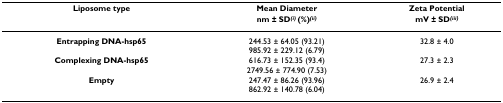
<table><thead><tr><td><b>Liposome type</b></td><td><b>Mean Diameter</b></td><td><b>Zeta Potential</b></td></tr><tr><td></td><td><b>nm ± SD<sup><i>(i) </i></sup>(%)<sup><i>(ii)</i></sup></b></td><td><b>mV ± SD<sup><i>(iii)</i></sup></b></td></tr></thead><tbody><tr><td><b>Entrapping DNA-hsp65</b></td><td>244.53 ± 64.05 (93.21)985.92 ± 229.12 (6.79)</td><td>32.8 ± 4.0</td></tr><tr><td><b>Complexing DNA-hsp65</b></td><td>616.73 ± 152.35 (93.4)2749.56 ± 774.90 (7.53)</td><td>27.3 ± 2.3</td></tr><tr><td><b>Empty</b></td><td>247.47 ± 86.26 (93.96)862.92 ± 140.78 (6.04)</td><td>26.9 ± 2.4</td></tr></tbody></table>